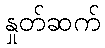
နှုတ်ဆက်